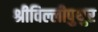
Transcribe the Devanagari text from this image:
श्रीविल्लीपुथुर